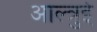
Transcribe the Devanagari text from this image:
आल्त्रुई